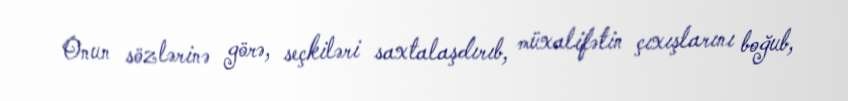
Onun sözlərinə görə, seçkiləri saxtalaşdırıb, müxalifətin çıxışlarını boğub,